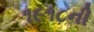
૧૯૧૮ની